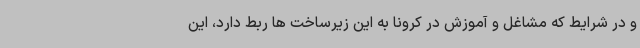
و در شرایط که مشاغل و آموزش در کرونا به این زیرساخت ها ربط دارد، این